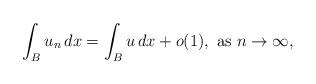
LaTeX: \begin{align*}\int_B u_n\,dx=\int_B u\,dx+o(1),\mbox{ as }n\to \infty,\end{align*}